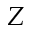
Z